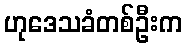
ဟုဒေသခံတစ်ဦးက